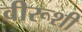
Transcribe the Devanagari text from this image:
वीरूशी